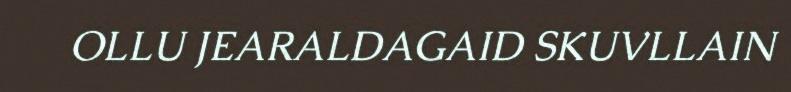
OLLU JEARALDAGAID SKUVLLAIN